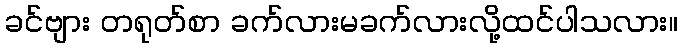
ခင်ဗျား တရုတ်စာ ခက်လားမခက်လားလို့ထင်ပါသလား။